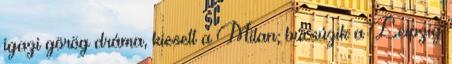
igazi görög dráma, kiesett a Milan; búcsúzik a Leipzig